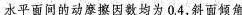
水平面间的动摩擦因数均为0.4，斜面倾角